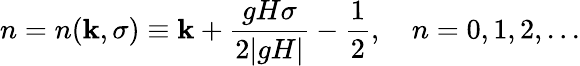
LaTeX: n=n(\mathbf{k},\sigma)\equiv\mathbf{k}+\frac{{gH\sigma}}{{2|gH|}}-\frac{{1}}{{2}},~~~~n=0,1,2,...